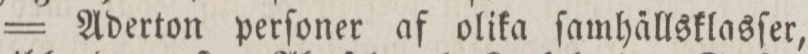
= Aderton perſoner af olika ſamha̋llsklasſer,